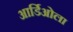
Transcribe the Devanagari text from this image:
आर्डिओला